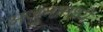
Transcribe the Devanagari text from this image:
अर्जुनामध्ये